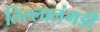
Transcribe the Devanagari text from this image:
तिल्लालंगडी